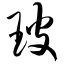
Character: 玻